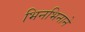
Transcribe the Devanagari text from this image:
भिनभिनाने